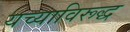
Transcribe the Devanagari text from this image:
यच्याविरूद्ध